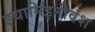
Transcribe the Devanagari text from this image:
इथामिइनीवंश